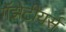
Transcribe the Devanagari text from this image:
गॅझेटीयर्स